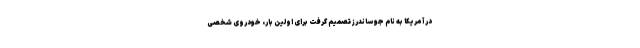
در آمریکا به نام جو ساندرز تصمیم گرفت برای اولین بار، خودروی شخصی